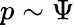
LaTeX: p\sim\Psi